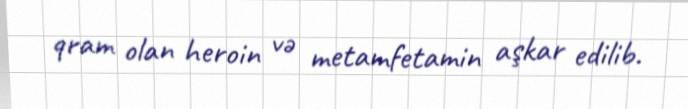
qram olan heroin və metamfetamin aşkar edilib.